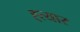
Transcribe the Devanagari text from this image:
ह्त्यार